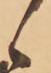
候